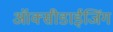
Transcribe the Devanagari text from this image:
ऑक्सीडाईजिंग